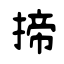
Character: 揥